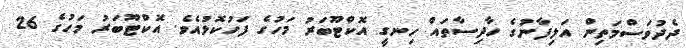
ދެދުވަސްމަތިން އަލިފާނުގެ ހާދިސާތައް ހިނގީ އޮކްޓޫބަރު މަހުގެ ފަހުކޮޅުއެވެ. އޮކްޓޫބަރު މަހުގެ 26